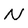
Character: N